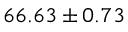
6 6 . 6 3 \pm 0 . 7 3